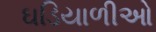
ઘડિયાળીઓ